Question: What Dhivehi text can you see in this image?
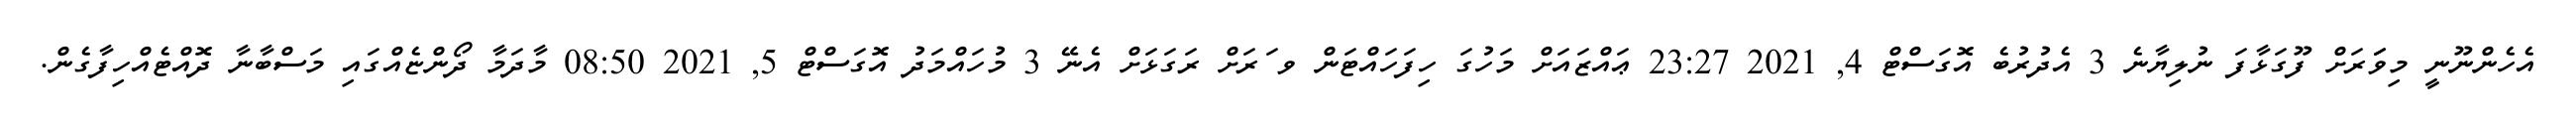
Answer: އެހެންނޫނީ މިވަަރަށް ފޫގަޅާފަ ނުލިޔާނެ 3 އެދުރުބެ އޮގަސްޓް 4, 2021 23:27 ޢައްޒައަށް މަހުގަ ހިފަހައްޓަން ވ ަރަށް ރަގަޅަށް އެނޭ 3 މުހައްމަދު އޮގަސްޓް 5, 2021 08:50 މާދަމާ ދޯންޏެއްގައި މަސްބާނާ ދޮއްޓެއްހިފާގެން.